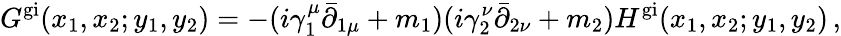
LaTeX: G^{\mathrm{gi}}(x_{1},x_{2};y_{1},y_{2})=-(i\gamma_{1}^{\mu}\bar{\partial}_{1\mu}+m_{1})(i\gamma_{2}^{\nu}\bar{\partial}_{2\nu}+m_{2})H^{\mathrm{gi}}(x_{1},x_{2};y_{1},y_{2})\, ,